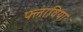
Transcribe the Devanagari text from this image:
फ्लाविया